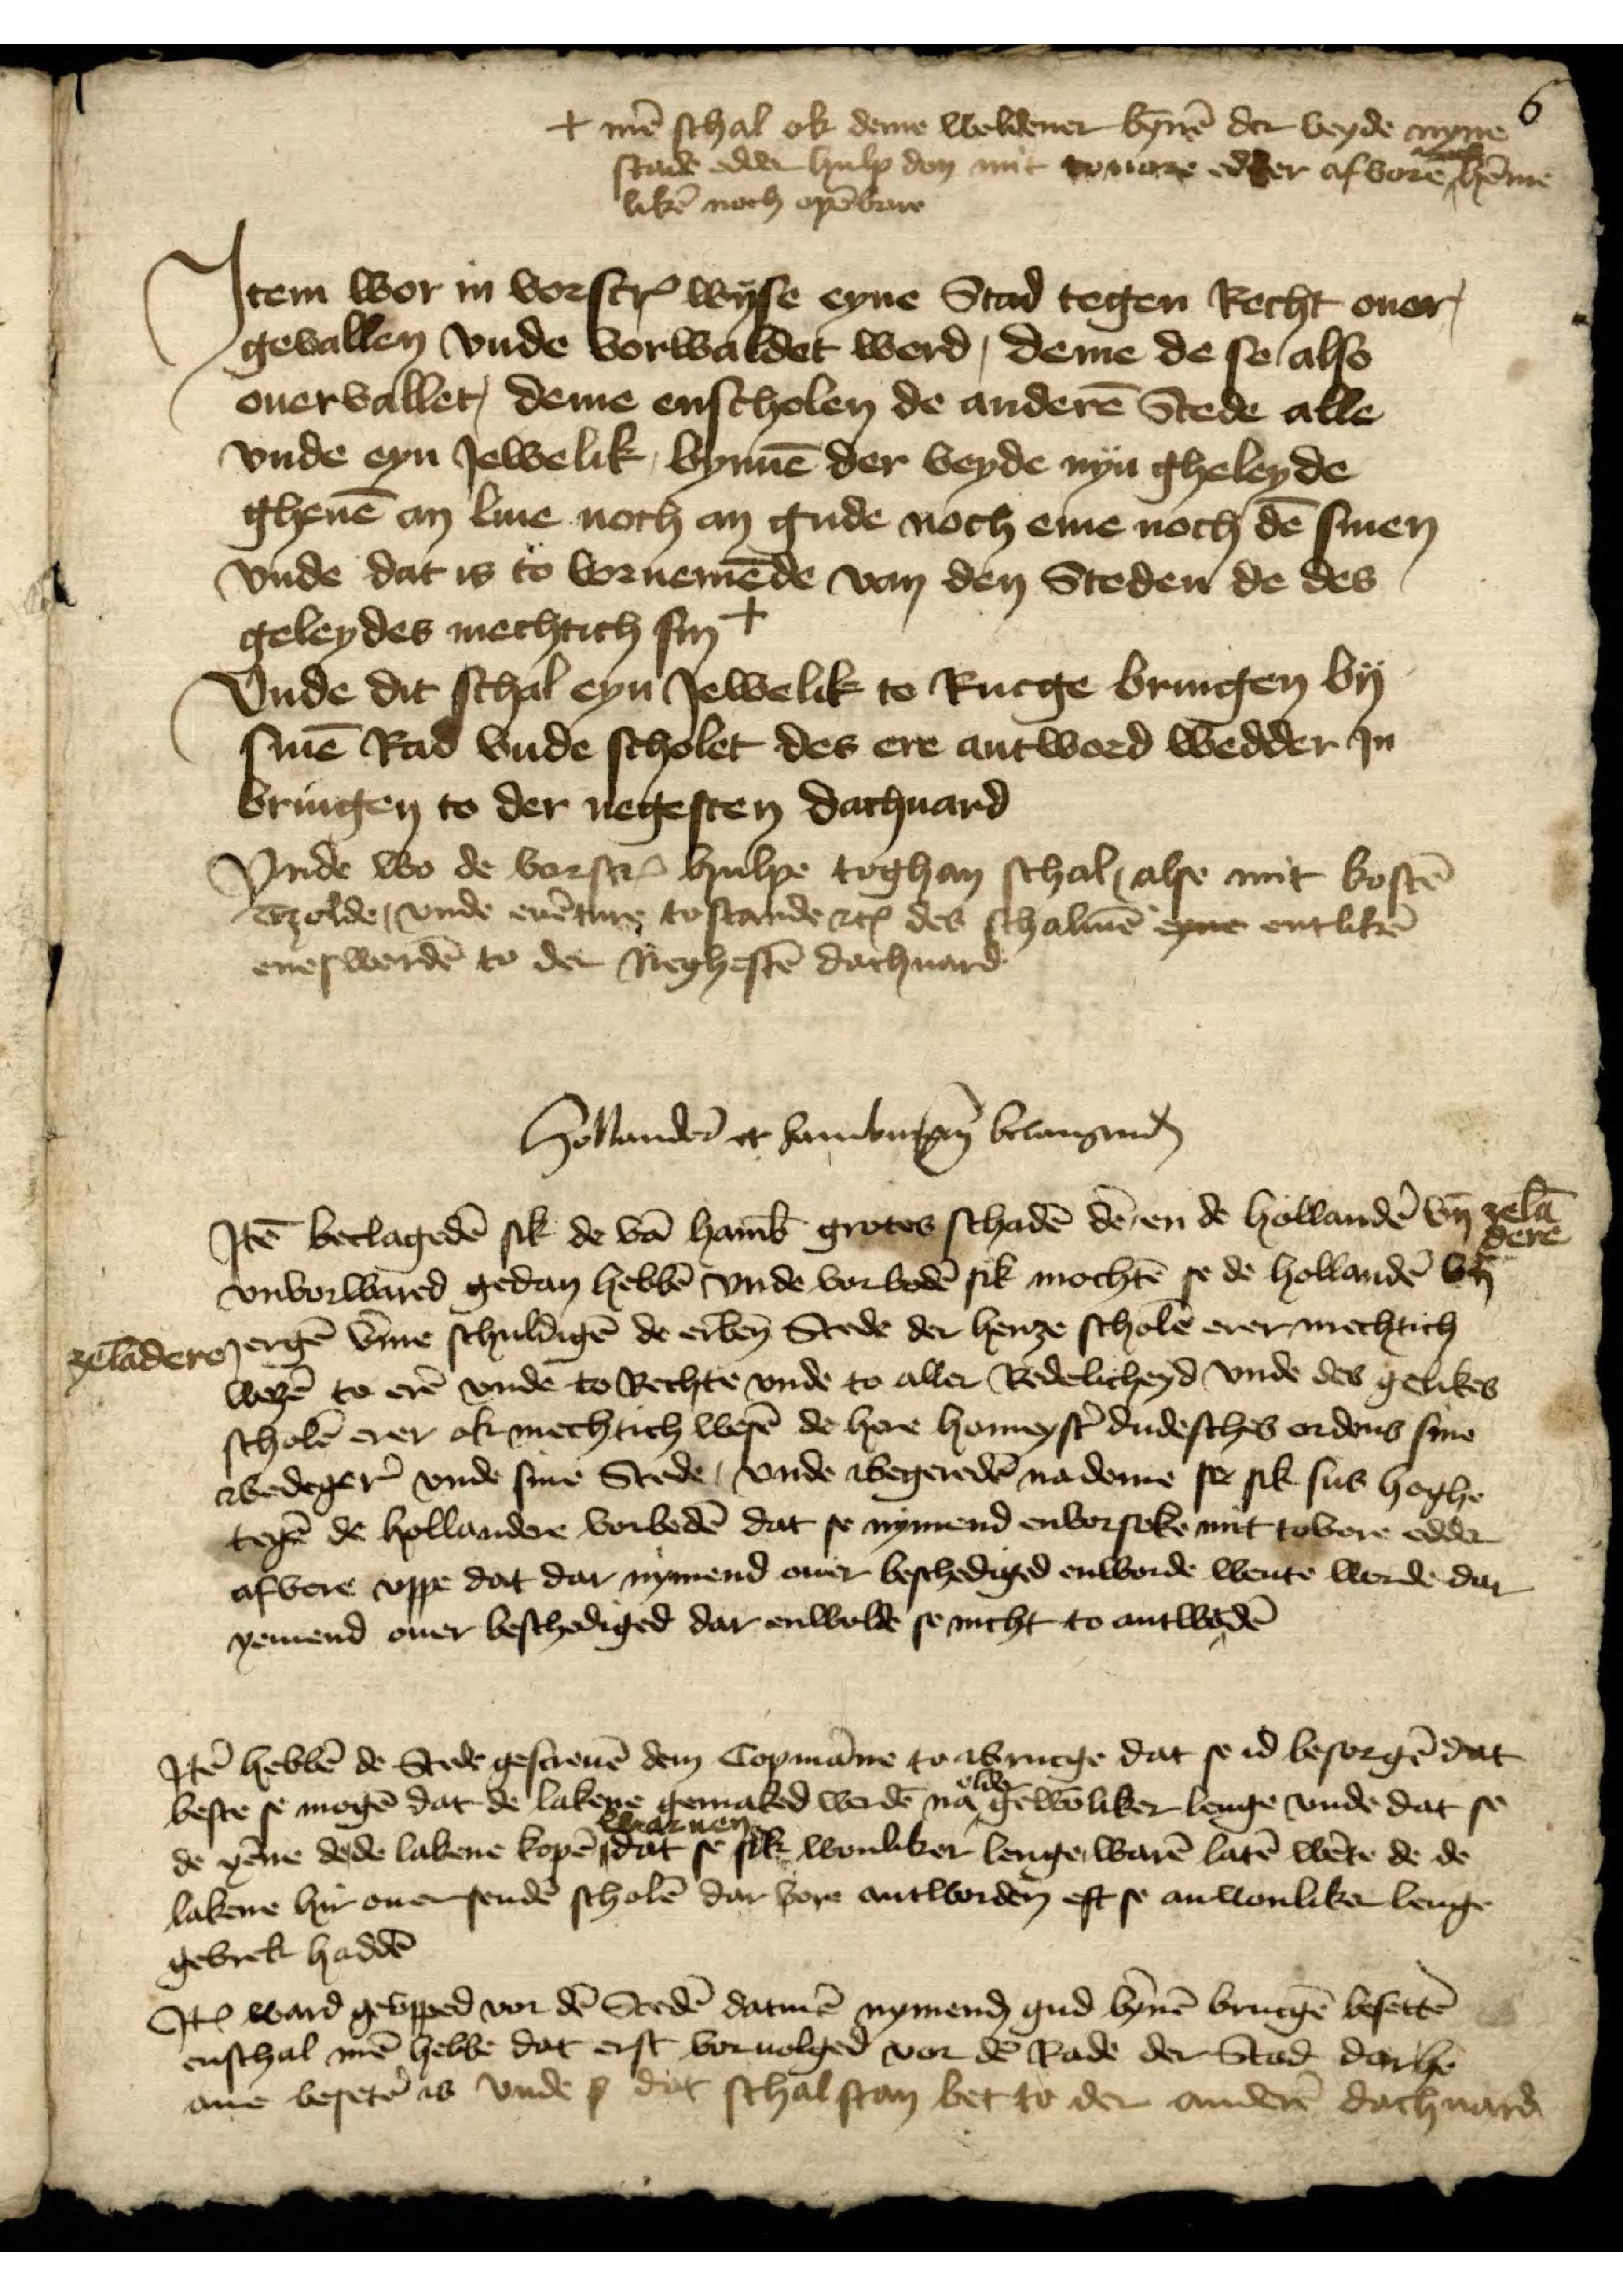
deee shol e deme holdener henē dr lynde my
stade edder hub den mit toure edder afvore hē
likē noch eopē brre

+ mē schal ok deme weldener bynē der veyde nyne
stade edder hulp don mit touere edder af vore hēme¬
likē noch opēbare

Jtem wor in vorscrꝬ wise eyne Stad tegen Recht ouer
gevallen vnde vorwaldet werd, deme de se also
ouervallet, deme enscholen de anderē Stede alle
vnde eyn Jewelik, bynnē der veyde nyn gheleyde
gheuē an liue noch an gude noch eme noch dē sinen
vnde dat is to vornemēde van den Steden de des
geleydes mechtich sin +
Vnde dit schal eyn Jewelik to Rucge bringen by
sinē Rad vnde scholet des ere antword wedder Jn
bringen to der negesten dachuard
Vnde wo de vorscrꝬ hulpe toghan schal, alse mit kostē
tzolde, vnde euēture to stande etꝬ des schalmē eyne entlikē
eneswerdē to der Neghestē dachuard

Hollander̉ et Hamburg̉ belangenḑ
Jꝷ beclagedē sick de vā Hamb̄ grotes schadē dē en de Hollandẻ by zelā¬
dere
vnvorwared gedan hebbē vnde vorbedē sik mochtē se de Hollandẻ vt
zelāderen ergē vme schuldigē de erben̄ Stede der henze scholē erer mechtich
wezē to erē vnde to Rechte vnde to aller Redelicheyd vnde des gelikes
scholē erer ok mechtich wesē de here homeyst̉ dudesches ordens sine
BedegerꝬ vnde sine Stede, vnde Begerēde na deme se sik sus hoghe
tegē de hollandere vorbodē dat se nymend envorseke mit tovore edder
afvere vppe dat dar nymend ouer beschediged enworde wente werde dar
yemend ouer beschediged dar enwolde se nicht to antwordē

Jtē hebbē de Stede gescreuē dem Copmāne to Brucge dat se id besorgē dat
beste se mogē dat de lakene gemaked werdē na older gewōliker lenge vnde dat se
de yēne dede lakene kopē warnen dat se sik wonliker lenge warē latē wēte de de
lakere hir ouer sendē scholē dar vore antworden eft se anwonliker lenge
gebrek haddē
Jꝷ ward gevpped vor dē Stedē datmē nymenḑ gud bȳnē Brucgē besettē
enschal mē hebbe dat erst voruolged vor dē Rade der Stad dar he
ane besetẻ is vnde se dat schal stan bet to der anderē dachuard